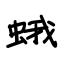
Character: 蛾